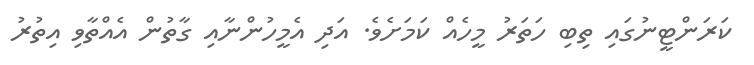
ކަރަންޓީނުގައި ތިބި ހަތަރު މީހެއް ކަމަށެވެ. އަދި އެމީހުންނާއި ގާތުން އެއްތާވި އިތުރު